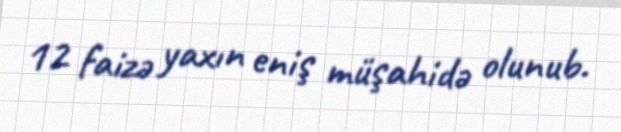
12 faizə yaxın eniş müşahidə olunub.